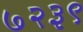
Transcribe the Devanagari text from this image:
७२३९